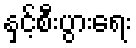
နှင့်စီးပွားရေး